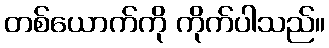
တစ်ယောက်ကို ကိုက်ပါသည်။